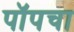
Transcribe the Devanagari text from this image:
पॉपचा